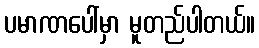
ပမာဏပေါ်မှာ မူတည်ပါတယ်။